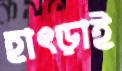
হাৎড়াই